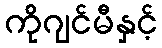
ကိုဂျင်မီနှင့်